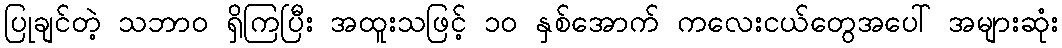
ပြုချင်တဲ့ သဘာဝ ရှိကြပြီး အထူးသဖြင့် ၁၀ နှစ်အောက် ကလေးငယ်တွေအပေါ် အများဆုံး